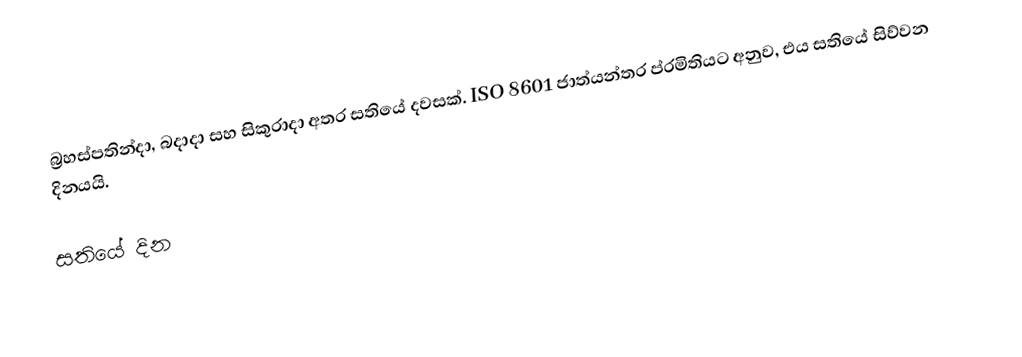
බ්‍රහස්පතින්දා, බදාදා සහ සිකුරාදා අතර සතියේ දවසක්. ISO 8601 ජාත්යන්තර ප්රමිතියට අනුව, එය සතියේ සිව්වන දිනයයි.

සතියේ දින